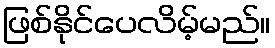
ဖြစ်နိုင်ပေလိမ့်မည်။